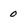
Character: 0